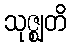
သုဇ္ဈတိ